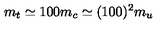
m _ { t } \simeq 1 0 0 m _ { c } \simeq ( 1 0 0 ) ^ { 2 } m _ { u }